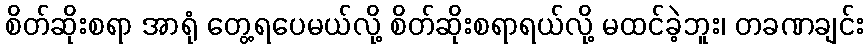
စိတ်ဆိုးစရာ အာရုံ တွေ့ရပေမယ်လို့ စိတ်ဆိုးစရာရယ်လို့ မထင်ခဲ့ဘူး၊ တခဏချင်း